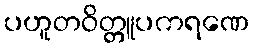
ပဟူတဝိတ္တူပကရဏေ